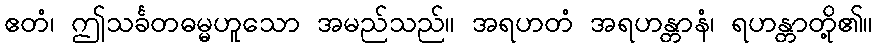
ဧတံ၊ ဤသင်္ခတဓမ္မဟူသော အမည်သည်။ အရဟတံ အရဟန္တာနံ၊ ရဟန္တာတို့၏။